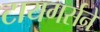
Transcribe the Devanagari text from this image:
टायगर्सने